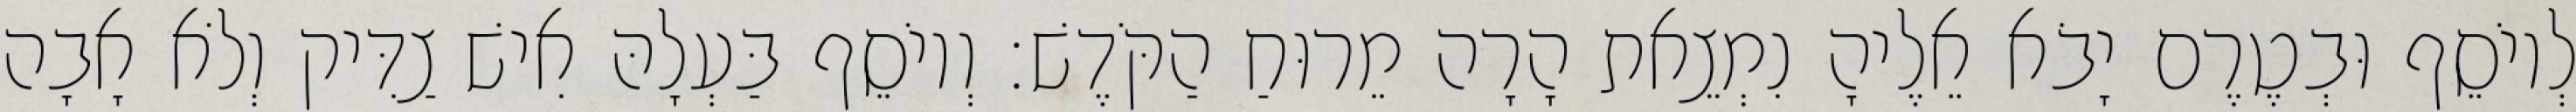
לְיוֹסֵף וּבְטֶרֶם יָבֹא אֵלֶיהָ נִמְצֵאת הָרָה מֵרוּחַ הַקֹּדֶשׁ׃ וְיוֹסֵף בַּעְלָהּ אִישׁ צַדִּיק וְלֹא אָבָה